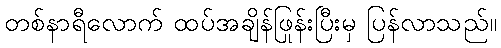
တစ်နာရီလောက် ထပ်အချိန်ဖြုန်းပြီးမှ ပြန်လာသည်။